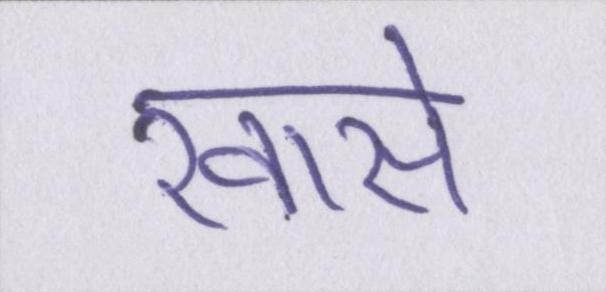
खासे